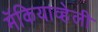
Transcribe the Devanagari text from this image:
मॅकियाव्हेली